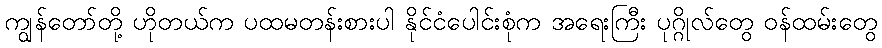
ကျွန်တော်တို့ ဟိုတယ်က ပထမတန်းစားပါ နိုင်ငံပေါင်းစုံက အရေးကြီး ပုဂ္ဂိုလ်တွေ ဝန်ထမ်းတွေ